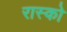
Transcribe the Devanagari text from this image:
रास्को